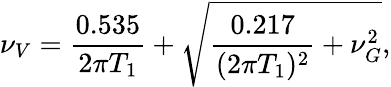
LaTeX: \nu_{V}=\frac{0.535}{2\pi T_{1}}+\sqrt{\frac{0.217}{(2\pi T_{1})^{2}}+\nu_{G}^{2}},